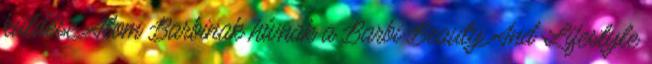
küldése Atom Barbinak hívnak a Barbi Beauty And Lifestyle